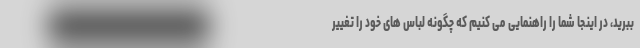
ببرید، در اینجا شما را راهنمایی می کنیم که چگونه لباس های خود را تغییر